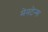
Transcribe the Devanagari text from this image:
मेनटेन्स